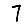
Digit: 7